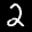
Label: 2